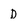
Character: D